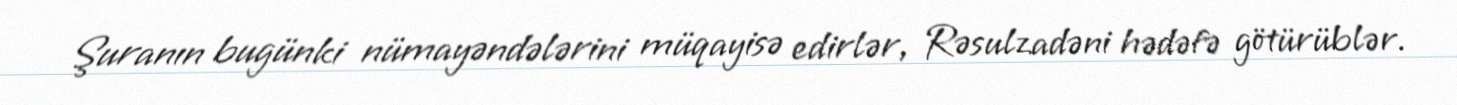
Şuranın bugünki nümayəndələrini müqayisə edirlər, Rəsulzadəni hədəfə götürüblər.